Report of the King Institute of Preventive Medicine, Guindy
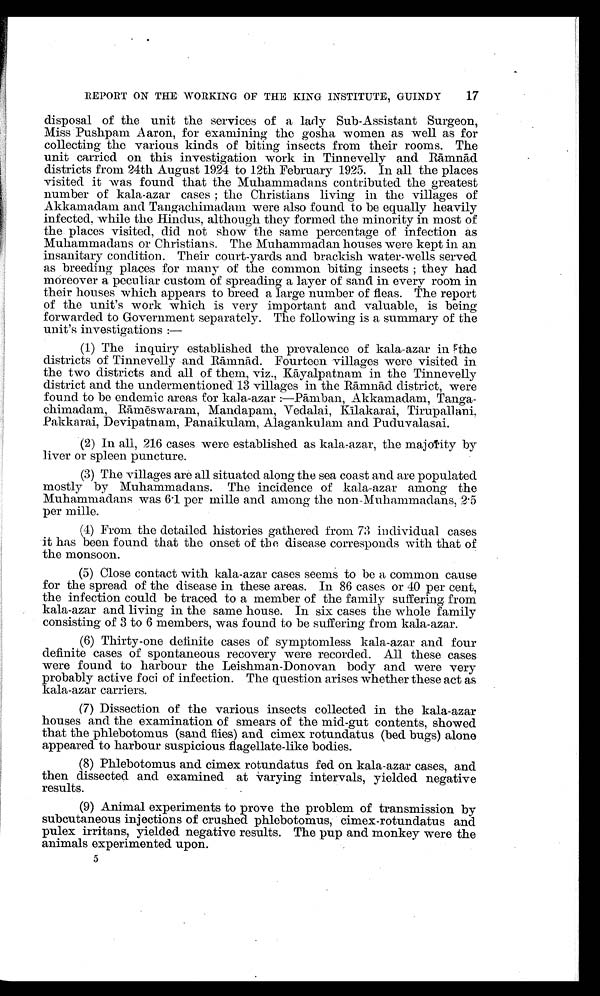
17
REPORT ON THE WORKING OF THE KING INSTITUTE, GUINDY
disposal of the unit the services of a lady Sub-Assistant Surgeon,
Miss Pushpam Aaron, for examining the gosha women as well as for
collecting the various kinds of biting insects from their rooms. The
unit carried on this investigation work in Tinnevelly and R ā mn ād
districts from 24th August 1924 to 12th February 1925. In all the places
visited it was found that the Muhammadans contributed the greatest
number of kala-azar cases; the Christians living in the villages of
Akkamadam and Tangachimadam were also found to be equally heavily
infected, while the Hindus, although they formed the minority in most of
the places visited, did not show the same percentage of infection as
Muhammadans or Christians. The Muhammadan houses were kept in an
insanitary condition. Their court-yards and brackish water-wells served
as breeding places for many of the common biting insects; they had
moreover a peculiar custom of spreading a layer of sand in every room in
their houses which appears to breed a large number of fleas. The report
of the unit's work which is very important and valuable, is being
forwarded to Government separately. The following is a summary of the
unit's investigations:
—
(1) The inquiry established the prevalence of kala-azar in the
districts of Tinnevelly and Rāmnād. Fourteen villages were visited in
the two districts and all of them, viz., Kāyalpatnam in the Tinnevelly
district and the undermentioned 13 villages in the R āmnād district, were
found to be endemic areas for kala-azar:—P āmban, Akkamadam, Tanga--
chimadam, Rāmēswaram, Mandapam, Vedalai, K īlakarai, Tirupallani,
Pakkarai, Devipatnam, Panaikulam, Alagankulam and Puduvalasai.
(2) In all, 216 cases were established as kala-azar, the majority by
liver or spleen puncture.
(3) The villages are all situated along the sea coast and are populated
mostly by Muhammadans. The incidence of kala-azar among the
Muhammadans was 6.1 per mile and among the non-Muhammadans, 2.5
per mille.
(4) From the detailed histories gathered from 73 individual cases
it has been found that the onset of the disease corresponds with that of
the monsoon.
(5) Close contact with kala-azar cases seems to be a common cause
for the spread of the disease in these areas. In 86 cases or 40 per cent,
the infection could be traced to a member of the family suffering from
kala-azar and living in the same house. In six cases the whole family
consisting of 3 to 6 members, was found to be suffering from kala-azar.
(6) Thirty-one definite cases of symptomless kala-azar and four
definite cases of spontaneous recovery were recorded. All these cases
were found to harbour the Leishman-Donovan body and were very
probably active foci of infection. The question arises whether these act as
kala-azar carriers.
(7) Dissection of the various insects collected in the kala-azar
houses and the examination of smears of the mid-gut contents, showed
that the phlebotomus (sand flies) and cimex rotundatus (bed bugs) alone
appeared to harbour suspicious flagellate-like bodies.
(8) Phlebotomus and cimex rotundatus fed on kala-azar cases, and
then dissected and examined at varying intervals, yielded negative
results.
(9) Animal experiments to prove the problem of transmission by
subcutaneous injections of crushed phlebotomus, cimex-rotundatus and
pulex irritans, yielded negative results. The pup and monkey were the
animals experimented upon.
5